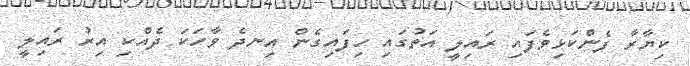
ކިޔާރާ ފެންކަޅިވެފައި ރައިލީ އަތުގައި ހިފައިގެން އިނދެ ވާހަކަ ދެއްކި އިރު ރައިލީ